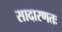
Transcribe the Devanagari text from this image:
सादारणतः